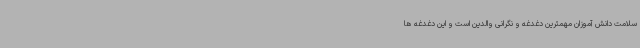
سلامت دانش آموزان مهمترین دغدغه و نگرانی والدین است و این دغدغه ها